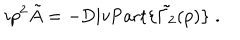
LaTeX: i p ^ { 2 } \tilde { A } = - \mathrm { D i v P a r t } \{ \tilde { \Gamma _ { 2 } } ( p ) \} \; .